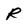
Character: R